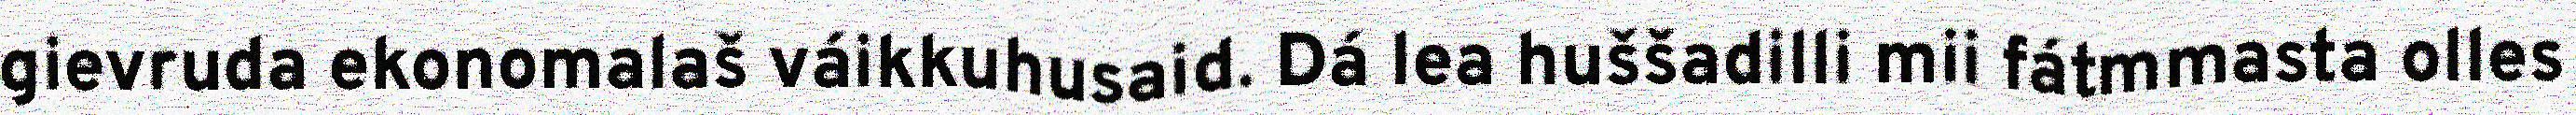
gievruda ekonomalaš váikkuhusaid. Dá lea huššadilli mii fátmmasta olles